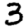
Digit: 3